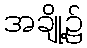
အချို့၌